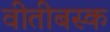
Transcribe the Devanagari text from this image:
वीतीबस्क